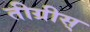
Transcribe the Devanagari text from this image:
तीग्रीस्